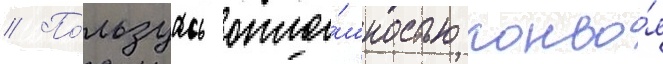
// По́льзуась опло́шностью конво́я